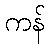
ကန်